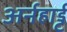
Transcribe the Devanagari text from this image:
अर्नहार्ड्ट